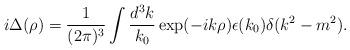
LaTeX: \begin{align*}i\Delta(\rho)=\frac{1}{(2\pi)^3}\int\frac{d^3k}{k_0}\exp(-ik\rho)\epsilon(k_0)\delta(k^2-m^2).\end{align*}